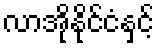
လာအိုနိုင်ငံနှင့်